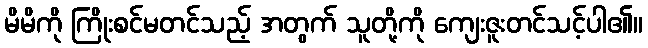
မိမိကို ကြိုးစင်မတင်သည့် အတွက် သူတို့ကို ကျေးဇူးတင်သင့်ပါ၏။